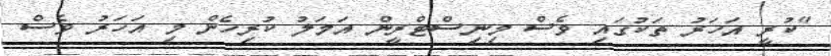
"ކުރީ އަހަރު ތަކުގައި ވެސް މިނިސްޓްރީން އަމަލު ކުރިހެން މި އަހަރު ވެސް